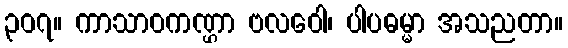
၃၀၇။ ကာသာဝကဏ္ဌာ ဗလဝေါ၊ ပါပဓမ္မာ အသညတာ။